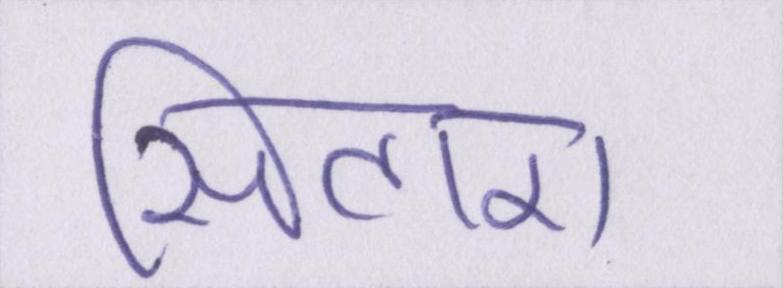
सितारा